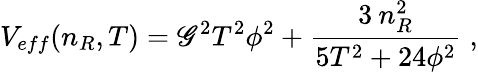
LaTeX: V_{eff}(n_{R},T)=\mathscr{G}^{2}T^{2}\phi^{2}+{\frac{{3\: n_{R}^{2}}}{{5T^{2}+24\phi^{2}}}}\; ,